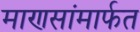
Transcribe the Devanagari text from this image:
माणसांमार्फत